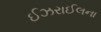
ઈઝરાઈલના